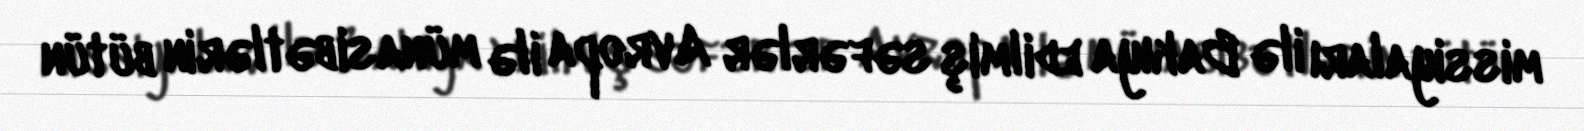
missiyaları ilə Bakıya edilmiş səfərlər Avropa ilə münasibətlərin bütün